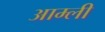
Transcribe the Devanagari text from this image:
आम्ली